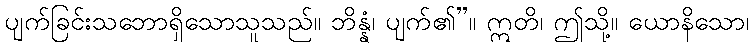
ပျက်ခြင်းသဘောရှိသောသူသည်။ ဘိန္နံ၊ ပျက်၏”။ ဣတိ၊ ဤသို့။ ယောနိသော၊